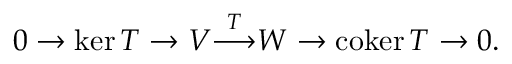
0 \to \ker T \to V { \overset { T } { \longrightarrow } } W \to \operatorname { c o k e r } T \to 0 .